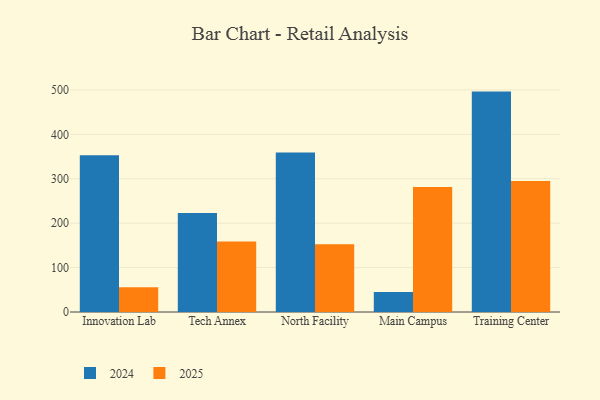
{"axis": {"x": "Campus", "y": "Headcount"}, "legend": ["2024", "2025"], "data": [{"x": "Innovation Lab", "y": 353.1, "type": "2024"}, {"x": "Innovation Lab", "y": 55.8, "type": "2025"}, {"x": "Tech Annex", "y": 223.1, "type": "2024"}, {"x": "Tech Annex", "y": 158.5, "type": "2025"}, {"x": "North Facility", "y": 359.2, "type": "2024"}, {"x": "North Facility", "y": 152.8, "type": "2025"}, {"x": "Main Campus", "y": 45.1, "type": "2024"}, {"x": "Main Campus", "y": 281.4, "type": "2025"}, {"x": "Training Center", "y": 496.2, "type": "2024"}, {"x": "Training Center", "y": 294.7, "type": "2025"}]}